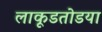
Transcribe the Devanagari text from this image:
लाकूडतोडया